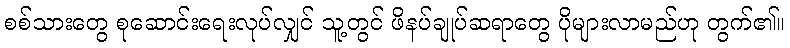
စစ်သားတွေ စုဆောင်းရေးလုပ်လျှင် သူ့တွင် ဖိနပ်ချုပ်ဆရာတွေ ပိုများလာမည်ဟု တွက်၏။